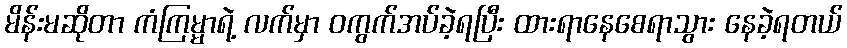
မိန်းမဆိုတာ ကံကြမ္မာရဲ့ လက်မှာ ဝကွက်အပ်ခဲ့ရပြီး ထားရာနေစေရာသွား နေခဲ့ရတယ်